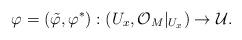
LaTeX: \begin{align*}\varphi=(\tilde\varphi, \varphi^*): (U_x, \mathcal{O}_M|_{U_x}) \rightarrow \mathcal{U}.\end{align*}